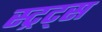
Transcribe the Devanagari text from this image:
स्ट्रट्स